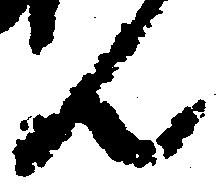
ん